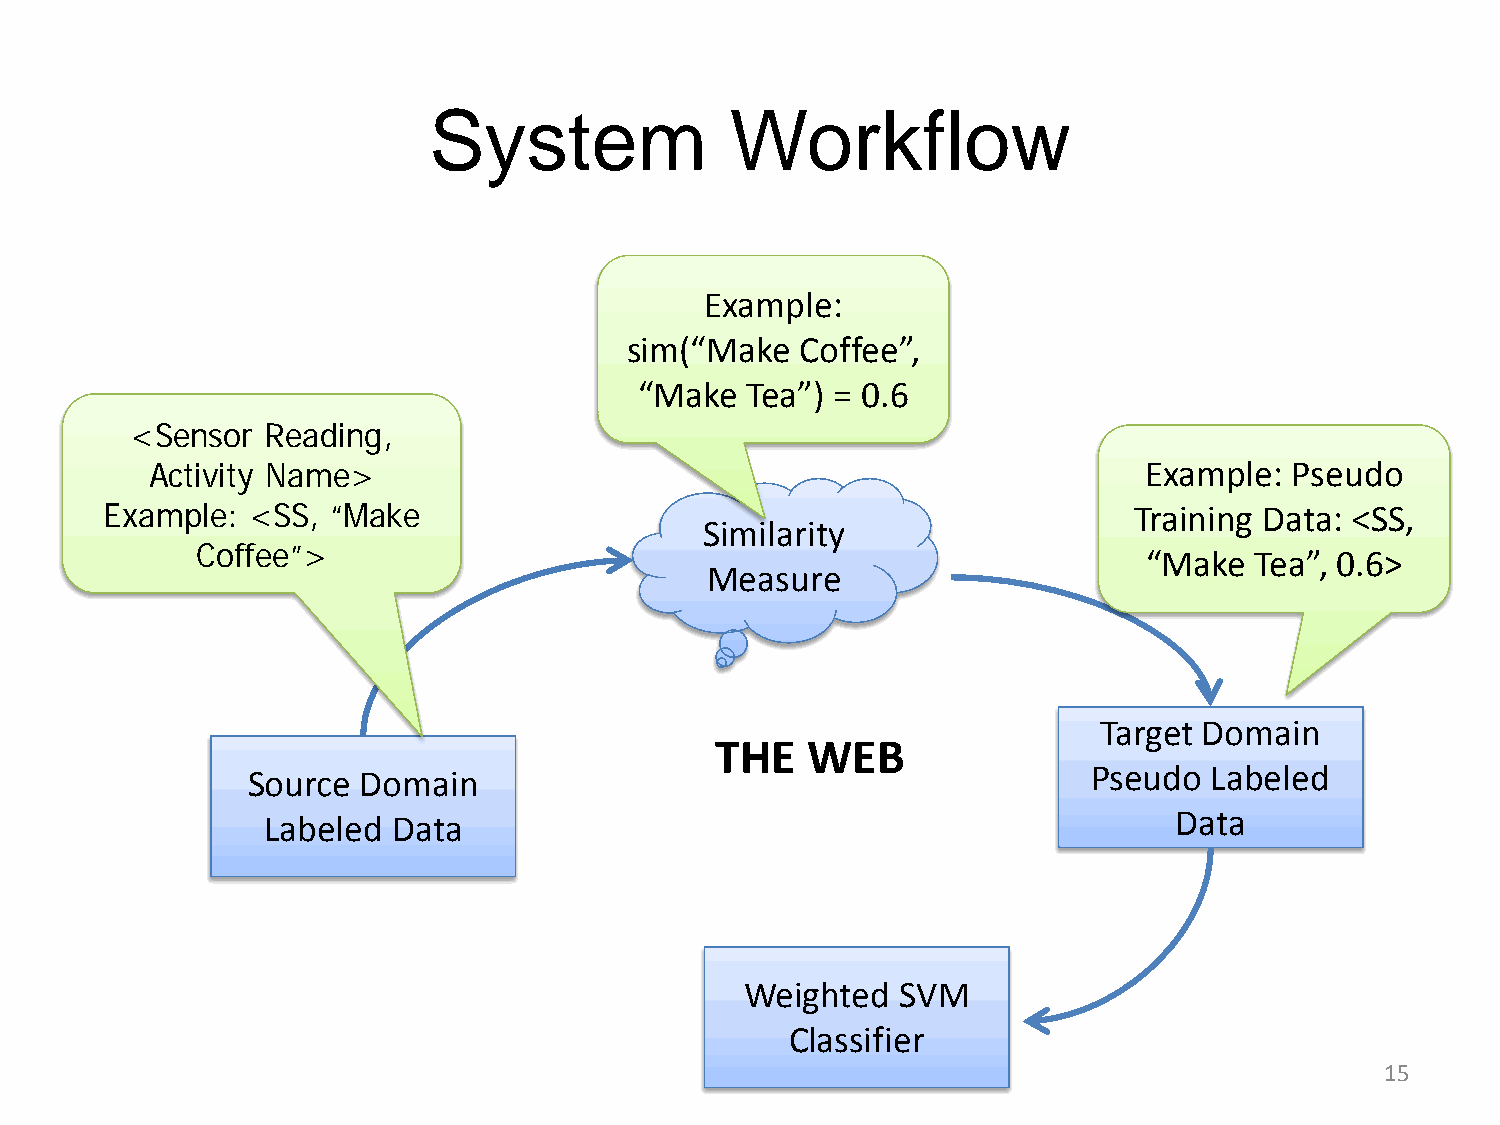
System              Workflow
 Example:
 sim(“Make   Coffee”,
 “Make  Tea”) = 0.6
 <Sensor  Reading,
 Activity Name>                                                    Example:  Pseudo
 Example: <SS,  “Make                                                Training Data: <SS,
 Similarity
 Coffee”>
 “Make  Tea”, 0.6>
 Measure
 Target Domain
 THE   WEB
 Pseudo  Labeled
 Source  Domain
 Data
 Labeled  Data
 Weighted   SVM
 Classifier
 1155